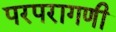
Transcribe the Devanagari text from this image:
परपरागणी